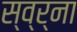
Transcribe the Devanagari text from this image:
स्व्र्ना